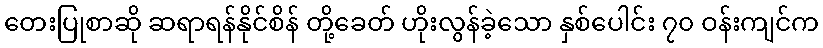
တေးပြုစာဆို ဆရာရန်နိုင်စိန် တို့ခေတ် ဟိုးလွန်ခဲ့သော နှစ်ပေါင်း ၇၀ ဝန်းကျင်က